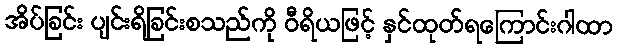
အိပ်ခြင်း ပျင်းရိခြင်းစသည်ကို ဝီရိယဖြင့် နှင်ထုတ်ရကြောင်းဂါထာ